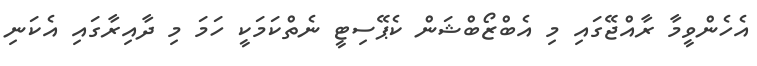
އެހެންވީމާ ރާއްޖޭގައި މި އެބްޒޯބްޝަން ކެޕޭސިޓީ ނެތްކަމަކީ ހަމަ މި ދާއިރާގައި އެކަނި